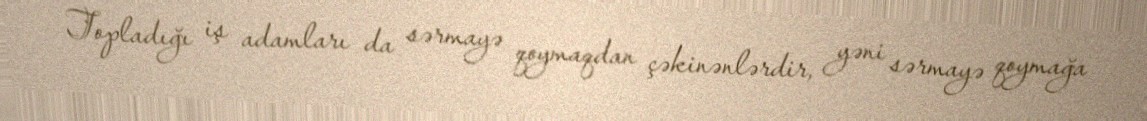
Topladığı iş adamları da sərmayə qoymaqdan çəkinənlərdir, yəni sərmayə qoymağa